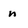
Character: n